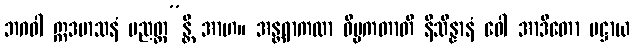
ဘဂဝါ ဣဒမာသနံ ပညတ္တ”န္တိ အာဟ။ အန္တရာကထာ ဝိပ္ပကတာတိ နိသိန္နာနံ ဝေါ အာဒိတော ပဋ္ဌာယ